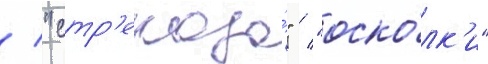
/ "стр'екоза́" / "оско́лк'и"